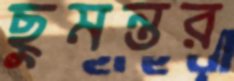
ছুমন্তর